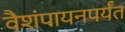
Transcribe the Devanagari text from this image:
वैशंपायनपर्यंत